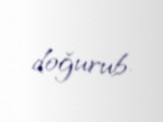
doğurub.